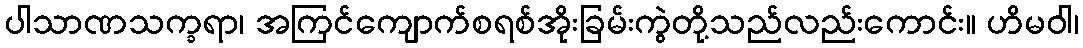
ပါသာဏသက္ခရာ၊ အကြင်ကျောက်စရစ်အိုးခြမ်းကွဲတို့သည်လည်းကောင်း။ ဟိမဝါ၊